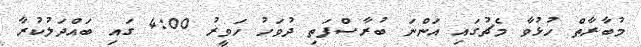
މުބާރާތް ހުޅުވާ މެޗުގައި އަންނަ ބުރާސްފަތި ދުވަހު ހަވީރު 4:00 ގައި ބައްދަލުކުރާ